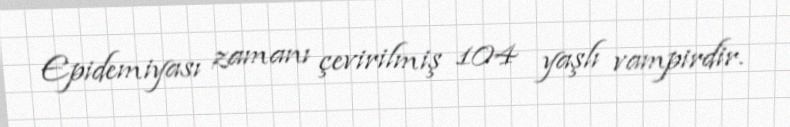
Epidemiyası zamanı çevirilmiş 104 yaşlı vampirdir.